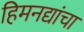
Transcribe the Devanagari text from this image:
हिमनद्यांचा